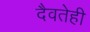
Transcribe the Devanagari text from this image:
दैवतेही